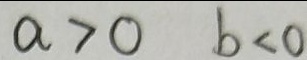
a > 0 b < 0